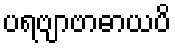
ပရဗျာဗာဓာယပိ